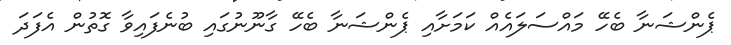
ޕެންޝަނާ ބެހޭ މައްސަލައެއް ކަމަށާއި ޕެންޝަނާ ބެހޭ ގާނޫނުގައި ބުނެފައިވާ ގޮތުން އެފަދަ